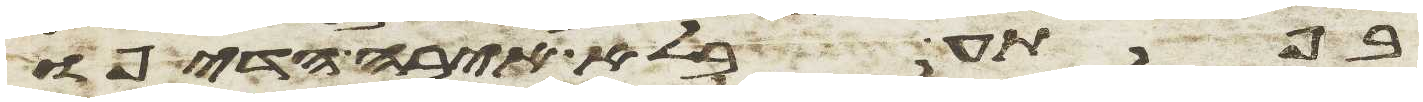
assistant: בפתע בלא איבה הדיפו